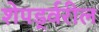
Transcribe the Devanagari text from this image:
शेपर्ड्वरील